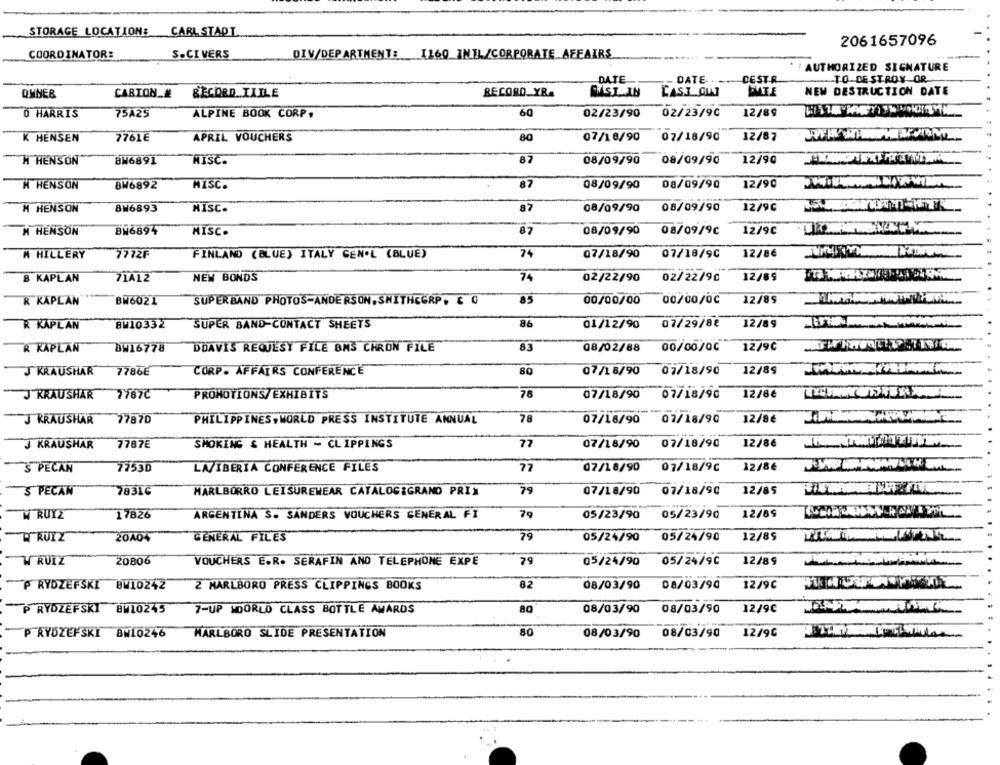
STORAGE LOCATION: CARLSTADT
2061657096
COORDINATOR:
S.CI VERS
DIV/DEPARTMENT: 1160 INIL/CORPORATE AFFAIRS
....
:AUTHORIZED SIGNATURE
DATE
DATE . .. DESTR
TO DESTROY OR
RECORD YR.
NEW DESTRUCTION DATE
QNNER
CARTON.#
RECORD TXILE
CASI OUT
O HARRIS
75A25
ALPINE BOOK CORP.
60
02/23/90
02/23/90
12/89
7761€
APRIL VOUCHERS
80
07/18/90
07/18/90
12/87
K HENSEN
BW6891
HISC.
87
08/09/90
08/09/90
12/90
H HENSON
87
08/09/90
12/90
N HENSON
BH6892
MISC.
08/09/90
87
H HENSON
8W6893
NISC.
08/09/90
08/09/90
12/96
B7
12/9C
M HENSON
BN6894
MISC.
08/09/90
08/09/9℃
74
12/8€
N HILLERY
7772F
FINLAND (BLUE) ITALY GEN'L (BLUE)
07/18/90
07/18/9C
B KAPLAN
71A12
NEW BONDS
74
02/22/90
02/22/90
12/89
R KAPLAN
BW6021
SUPERBAND PHOTOS-ANDERSON.SMITHGGRP. 6 0
85
00/00/00
00/00/02
12/85
R KÄPLAN
BW10332
SUPER BAND-CONTACT SHEETS
86
01/12/90
07/29/82
12/89
R KAPLAN
BW16778
DDAVIS REQUESY FILE BMS CHRON FILE
83
08/02/88
00/00/00
12/9C
J KRAUSHAR
7786€
CORP. AFFAIRS CONFERENCE
80
07/18/90 07/18/90
12/89
J KRAUSHAR
7767C
PROMOTIONS/EXHIBITS
78
07/18/90
07/18/90
12/8€
JRRAUSHAR
77870
PHILIPPINES,WORLD PRESS INSTITUTE ANNUAL
78
07/18/90 07/18/90
12/86
SMOKING & HEALTH - CLIPPINGS
77
07/18/90
07/18/90
12/8€
J KRAUSHAR
7787E
77
'S PECAN
7753D
LA/IBERIA CONFERENCE FILES
07/18/90
07/18/9C
12/86
79
3 PECAN
78316
MARLBORRO LEISUREWEAR CATALOGIGRAND PRIX
07/18/90
07/18/90
12/85
79
W RUYZ
17826
ARGENTINA S. SANDERS VOUCHERS GENERAL FI
05/23/90
05/23/90
12/89
79
WRUIZ
20A04
GENERAL FILES
05/24/90
05/24/90
12/89
W RUIZ
20806
VOUCHERS E.R. SERAFIN AND TELEPHONE EXPE
79
05/24/90 05/24/9C
12/89
PRYDZEFSKI BW10242
2 MARLBORO PRESS CLIPPINGS BOOKS
8.2
08/03/90 08/03/90
12/90
PRYDZEFSKI BW10245
7-UP MOORLO CLASS BOTTLE AWARDS
08/03/90 08/03/90
12/9C
P ŘYDZEFSKI BN10246
MARLBORO SLIDE PRESENTATION
80
08/03/90 08/03/90
12/96